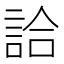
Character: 詥